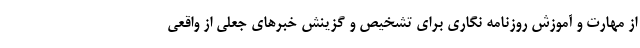
از مهارت و آموزش روزنامه نگاری برای تشخیص و گزینش خبرهای جعلی از واقعی